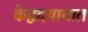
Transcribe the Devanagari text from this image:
केहृदयाघात